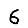
Digit: 6